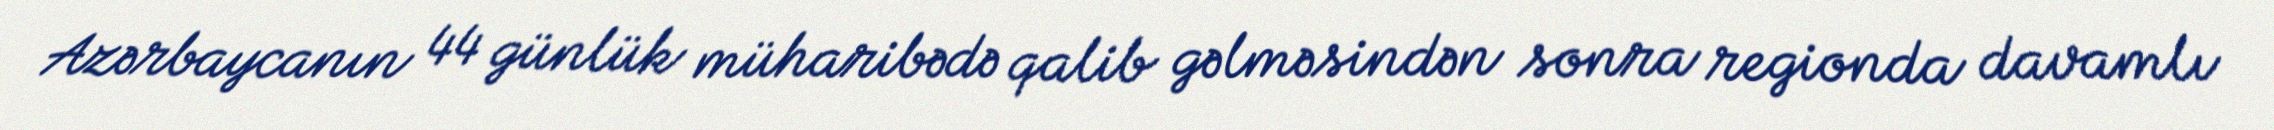
Azərbaycanın 44 günlük müharibədə qalib gəlməsindən sonra regionda davamlı